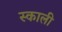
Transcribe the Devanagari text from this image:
स्काली